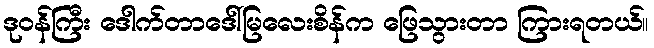
ဒုဝန်ကြီး ဒေါက်တာဒေါ်မြလေးစိန်က ဖြေသွားတာ ကြားရတယ်။